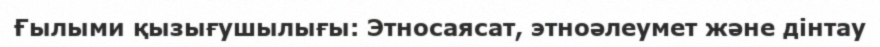
Ғылыми қызығушылығы: Этносаясат, этноәлеумет және дінтау